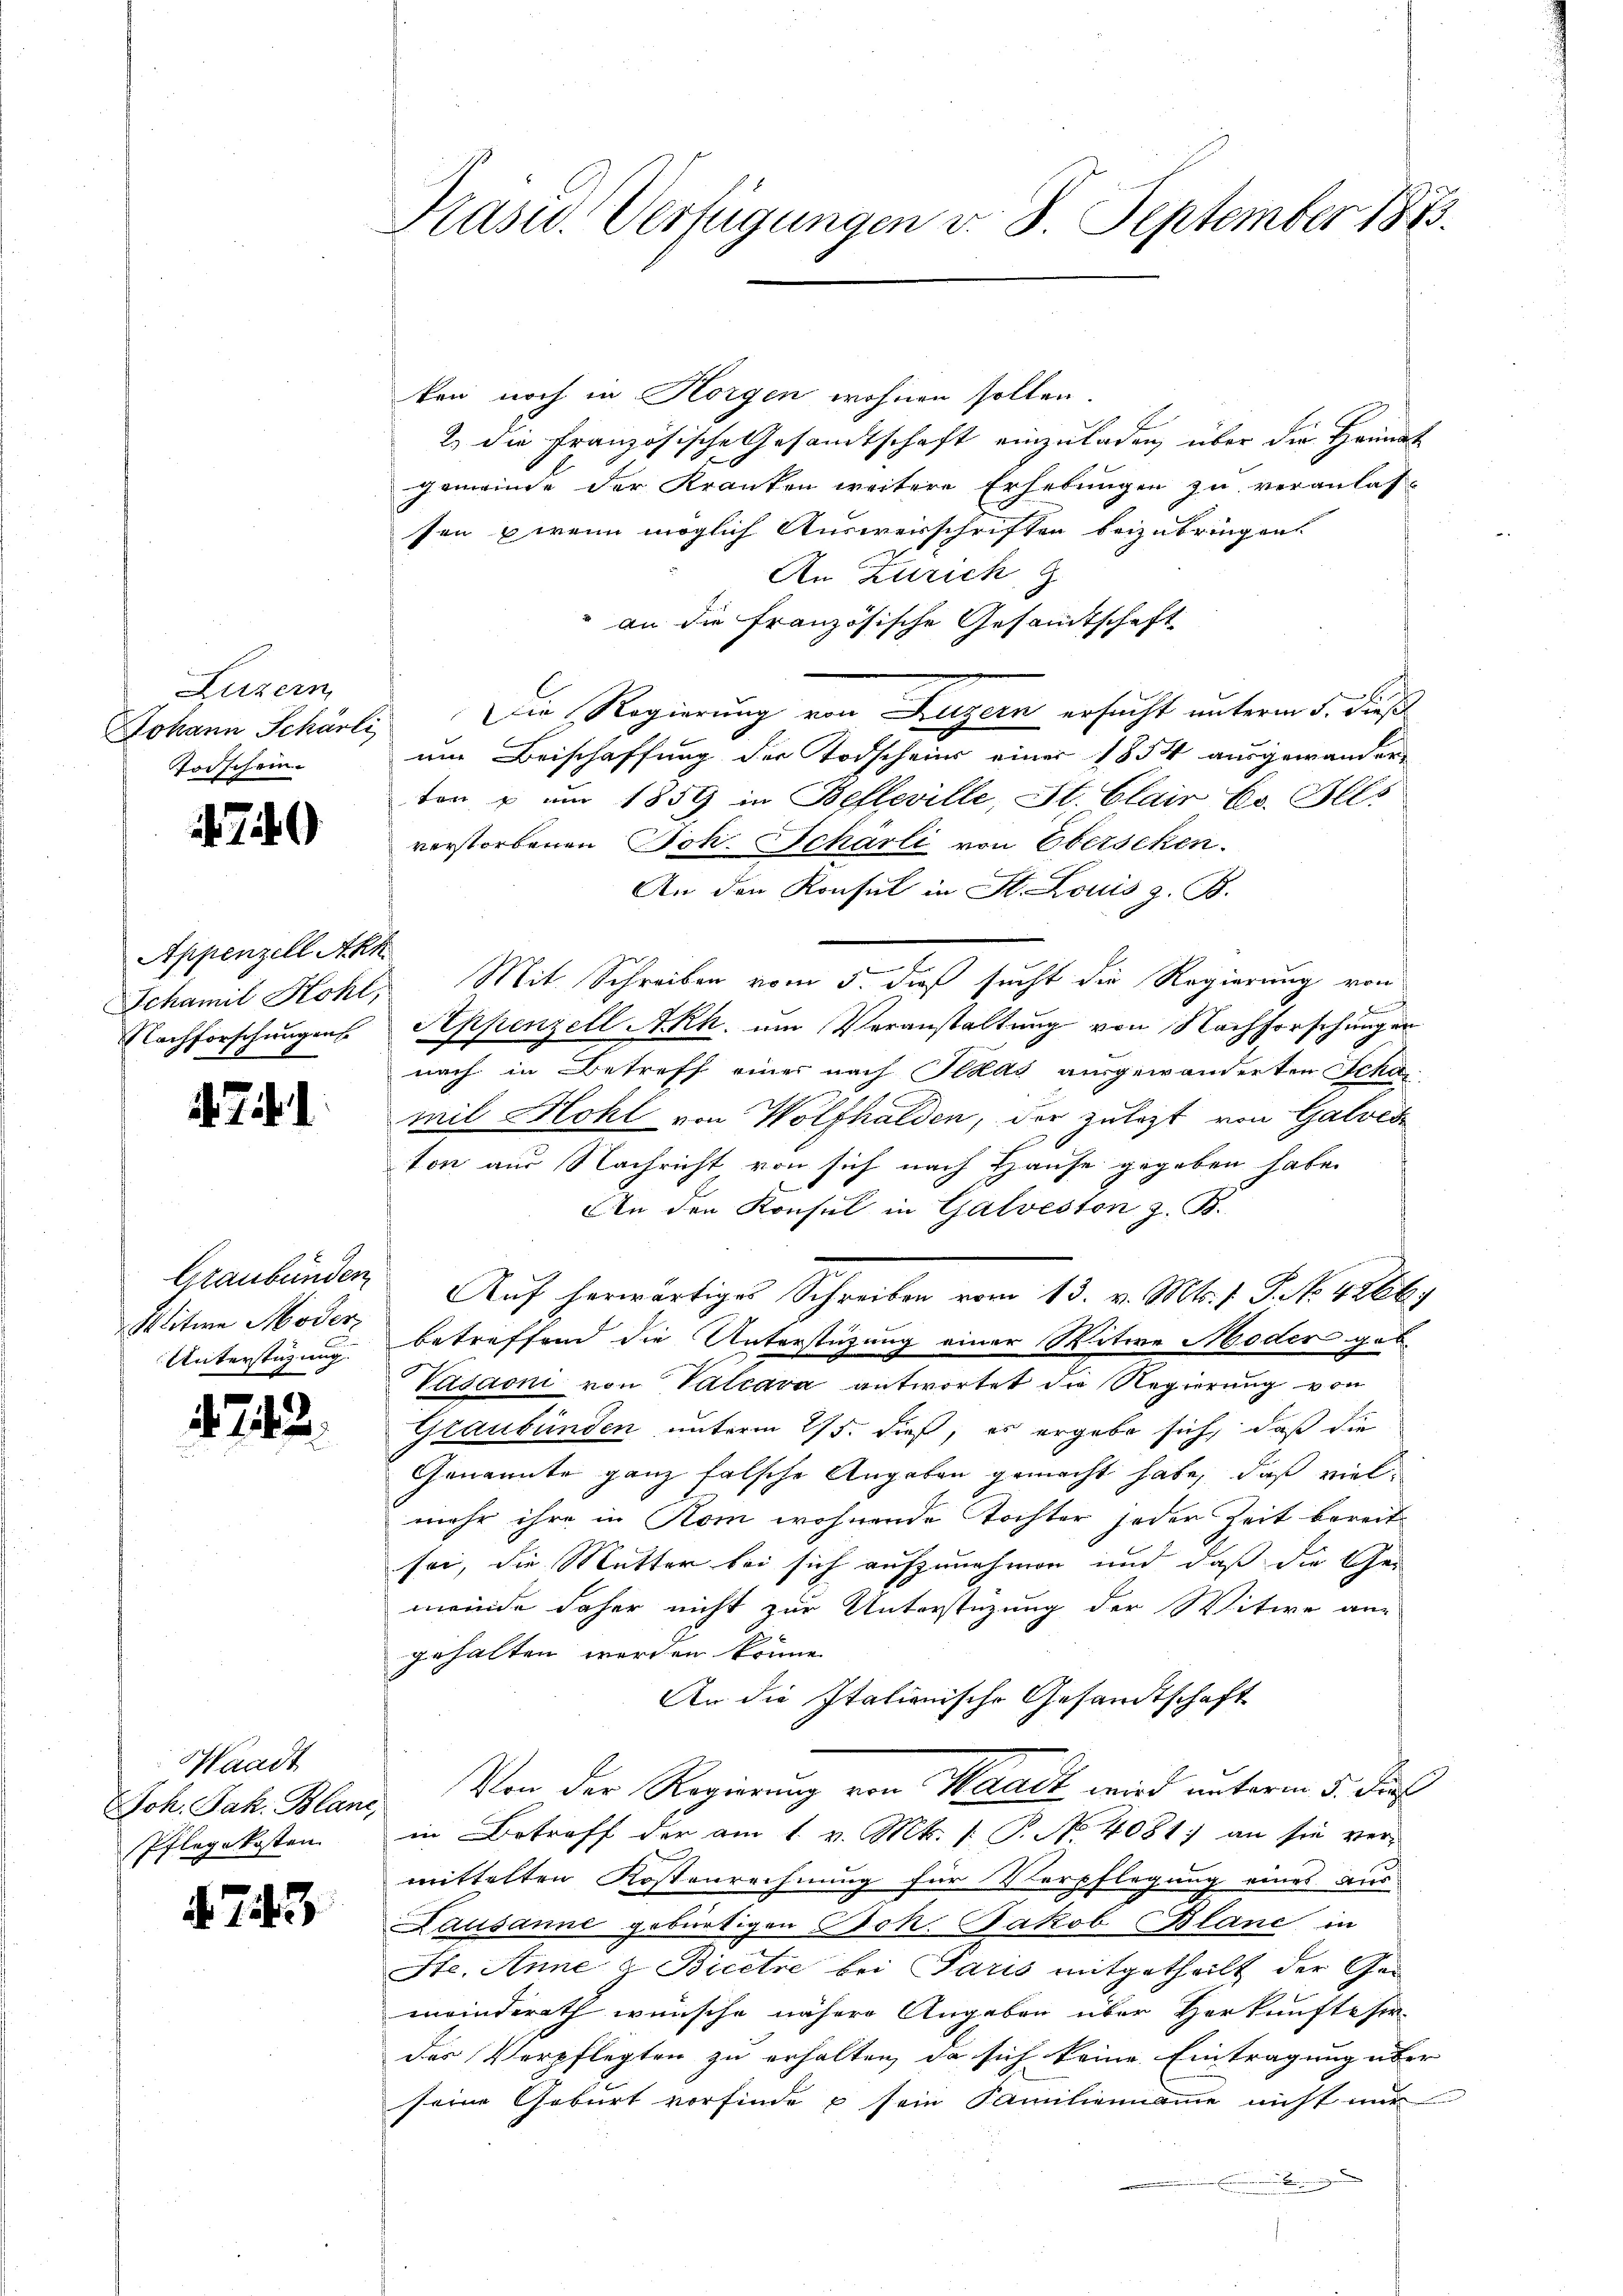
Luzern
Totschein.

7)

Appenzell Akk
Nachforschungen

Graubünden
Witwe Moder
Unterstüzung.

.

.

Waadt
Joh. Jak. Blanc,
Pflegekosten

4. 743

Kasu. Verfügungen d. 8. September 1873.

ken noch in Horgen wohnen sollen.
2. die Französische Gesandtschaft einzuladen, über die Heimat
gemeinde der Kranken weitere Erhebungen zu veranlas-
sen & wenn möglich Ausweisschriften beizubringen.
An Zürich
an die französische Gesandtschaft
Johann Schürli, Die Regierung von Luzern ersucht unterm 5. dieß
nm Beischaffung der Todscheins einer 1854 ausgewander
ton u um 1859 in Befleville, St. Clair es. Ils
verstorbenen Joh. Scharli von Oberschen.
An den Konsul in St. Louis z. B.
Schamit Hohl, Mit Schreiben vom 5. dieß sucht die Regierung von
Appenzell Akh, um Veranstaltung von Nachforschungen
nach in Betreff einer nach Idas ausgewanderten Scha
mil Hohl von Wolfhalden, der zulezt von Galves
ton aus Nachricht von sich nach Hause gegeben habe.
An den Konsul in Galveston z. B.
Auf herwärtiges Schreiben vom 13. v. Mts. f. P. No. 4266)
betreffend die Unterstüzung einer Witwe Moder geb
Vadaoni von Valcara antwortet die Regierung von
Graubünden unterm 25. dieß, es ergebe sich, daß die
Genannte ganz falsche Angaben gemacht habe, daß vielmehr ihre in Rom wohnende Tochter jeder Zeit bereit
sei, die Mutter bei sich aufzunehmen und daß die Ge-
meinde daher nicht zur Unterstüzung der Witwe an-
gehalten worden könne.
An die Italienische Gesandtschaft
Von der Regierung von Waadt wird unterm 5. die
in Betreff der am 1. v. Mt. /: P. No 4081) an sie ver-
mittelten Kostenrechnung für Verpflegung eines aus
Lausanne gebürtigen Joh. Jakob Blanc in
Ste. Anne & Bicere bei Paris mitgetheilt der Gemeinderath wünsche nähere Angaben über Herkunfte sie
des Verpflegten zu erhalten, da sich keine Eintragung über
seine Geburt vorfinde u sein Familiennamme nicht nur